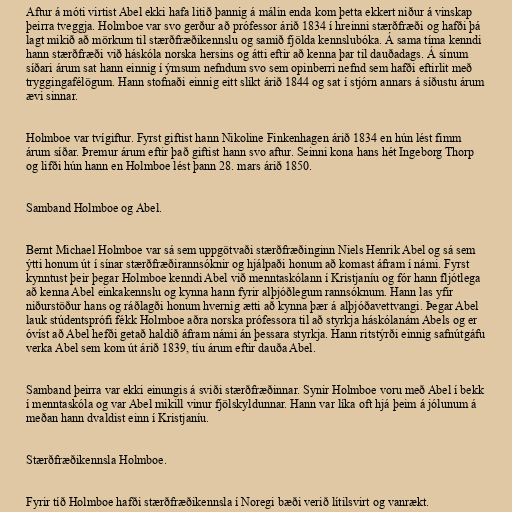
Aftur á móti virtist Abel ekki hafa litið þannig á málin enda kom þetta ekkert niður á vinskap
þeirra tveggja. Holmboe var svo gerður að prófessor árið 1834 í hreinni stærðfræði og hafði þá
lagt mikið að mörkum til stærðfræðikennslu og samið fjölda kennslubóka. Á sama tíma kenndi
hann stærðfræði við háskóla norska hersins og átti eftir að kenna þar til dauðadags. Á sínum
síðari árum sat hann einnig í ýmsum nefndum svo sem opinberri nefnd sem hafði eftirlit með
tryggingafélögum. Hann stofnaði einnig eitt slíkt árið 1844 og sat í stjórn annars á síðustu árum
ævi sinnar.

Holmboe var tvígiftur. Fyrst giftist hann Nikoline Finkenhagen árið 1834 en hún lést fimm
árum síðar. Þremur árum eftir það giftist hann svo aftur. Seinni kona hans hét Ingeborg Thorp
og lifði hún hann en Holmboe lést þann 28. mars árið 1850.

Samband Holmboe og Abel.

Bernt Michael Holmboe var sá sem uppgötvaði stærðfræðinginn Niels Henrik Abel og sá sem
ýtti honum út í sínar stærðfræðirannsóknir og hjálpaði honum að komast áfram í námi. Fyrst
kynntust þeir þegar Holmboe kenndi Abel við menntaskólann í Kristjaníu og fór hann fljótlega
að kenna Abel einkakennslu og kynna hann fyrir alþjóðlegum rannsóknum. Hann las yfir
niðurstöður hans og ráðlagði honum hvernig ætti að kynna þær á alþjóðavettvangi. Þegar Abel
lauk stúdentsprófi fékk Holmboe aðra norska prófessora til að styrkja háskólanám Abels og er
óvíst að Abel hefði getað haldið áfram námi án þessara styrkja. Hann ritstýrði einnig safnútgáfu
verka Abel sem kom út árið 1839, tíu árum eftir dauða Abel.

Samband þeirra var ekki einungis á sviði stærðfræðinnar. Synir Holmboe voru með Abel í bekk
í menntaskóla og var Abel mikill vinur fjölskyldunnar. Hann var líka oft hjá þeim á jólunum á
meðan hann dvaldist einn í Kristjaníu.

Stærðfræðikennsla Holmboe.

Fyrir tíð Holmboe hafði stærðfræðikennsla í Noregi bæði verið lítilsvirt og vanrækt.